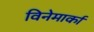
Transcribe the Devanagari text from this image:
विनेमार्का